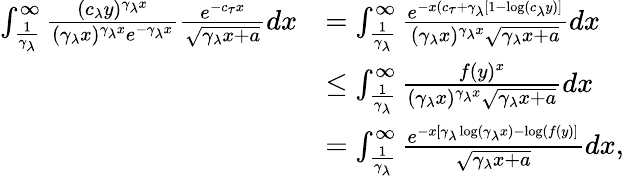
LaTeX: \begin{array}{rl}{\int_{\frac{1}{\gamma_{\lambda}}}^{\infty}\frac{(c_{\lambda}y)^{\gamma_{\lambda}x}}{(\gamma_{\lambda}x)^{\gamma_{\lambda}x}e^{-\gamma_{\lambda}x}}\frac{e^{-c_{\tau}x}}{\sqrt{\gamma_{\lambda}x+a}}dx}&{=\int_{\frac{1}{\gamma_{\lambda}}}^{\infty}\frac{e^{-x(c_{\tau}+\gamma_{\lambda}[1-\log(c_{\lambda}y)]}}{(\gamma_{\lambda}x)^{\gamma_{\lambda}x}\sqrt{\gamma_{\lambda}x+a}}dx}\\ &{\leq\int_{\frac{1}{\gamma_{\lambda}}}^{\infty}\frac{f(y)^{x}}{(\gamma_{\lambda}x)^{\gamma_{\lambda}x}\sqrt{\gamma_{\lambda}x+a}}dx}\\ &{=\int_{\frac{1}{\gamma_{\lambda}}}^{\infty}\frac{e^{-x[\gamma_{\lambda}\log(\gamma_{\lambda}x)-\log(f(y)]}}{\sqrt{\gamma_{\lambda}x+a}}dx,}\end{array}